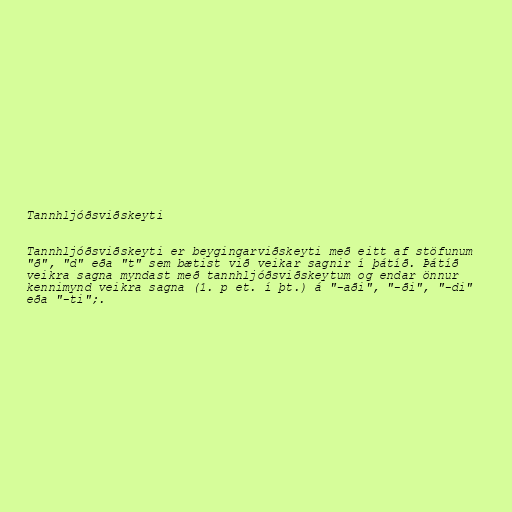
Tannhljóðsviðskeyti

Tannhljóðsviðskeyti er beygingarviðskeyti með eitt af stöfunum
"ð", "d" eða "t" sem bætist við veikar sagnir í þátíð. Þátíð
veikra sagna myndast með tannhljóðsviðskeytum og endar önnur
kennimynd veikra sagna (1. p et. í þt.) á "-aði", "-ði", "-di"
eða "-ti";.